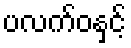
ပလက်ဝနှင့်